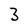
Character: 3